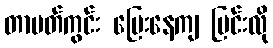
တာပတ်ကွင်း ပြေးနေကျ မြင်းလို